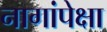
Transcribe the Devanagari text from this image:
नागांपेक्षा